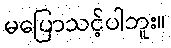
မပြောသင့်ပါဘူး။